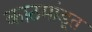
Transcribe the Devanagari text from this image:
काठमांडूत